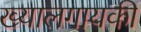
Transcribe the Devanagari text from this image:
ख्यालगायकी